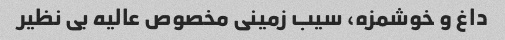
داغ و خوشمزه، سیب زمینی مخصوص عالیه بی نظیر